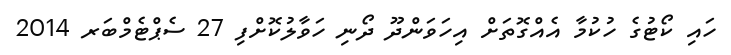
ހައި ކޯޓުގެ ހުކުމާ އެއްގޮތަށް އިހަވަންދޫ ދޯނި ހަވާލުކޮށްފި 27 ސެޕްޓެމްބަރ 2014